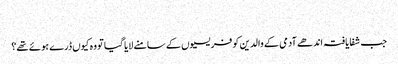
‏
جب شفایافتہ اندھے آدمی کے والدین کو فریسیوں کے سامنے لایا گیا تو وہ کیوں ڈرے ہوئے تھے؟